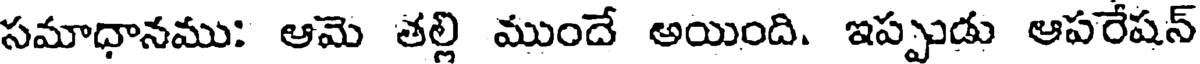
సమాధానము: ఆమె తల్లి ముందే అయింది. ఇప్పుడు ఆపరేషన్